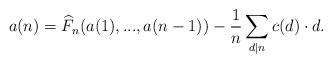
LaTeX: \begin{align*}a(n) = \widehat{F}_n(a(1),...,a(n-1)) - \frac{1}{n} \sum \limits_{d|n} c(d)\cdot d.\end{align*}